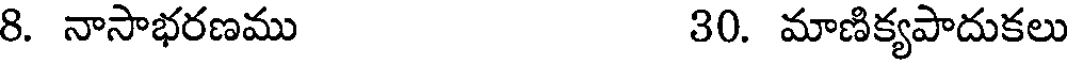
8. నాసాభరణము 30. మాణిక్యపాదుకలు